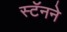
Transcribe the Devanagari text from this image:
स्टॅनने